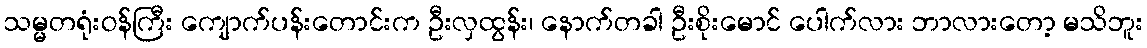
သမ္မတရုံးဝန်ကြီး ကျောက်ပန်းတောင်းက ဦးလှထွန်း၊ နောက်တခါ ဦးစိုးမောင် ပေါက်လား ဘာလားတော့ မသိဘူး